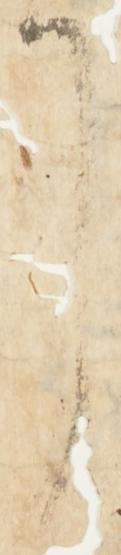
了